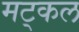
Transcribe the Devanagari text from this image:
मट्कल